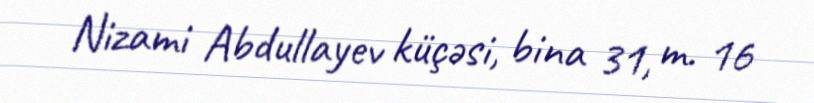
Nizami Abdullayev küçəsi, bina 31, m. 16